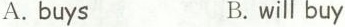
A.buys B.will buy